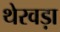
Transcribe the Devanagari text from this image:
थेरवड़ा